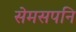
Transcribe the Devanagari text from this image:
सेमसपनि